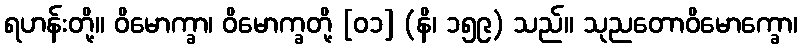
ရဟန်းတို့။ ဝိမောက္ခာ၊ ဝိမောက္ခတို့ [၀၁] (နိ၊ ၁၅၉) သည်။ သုညတောဝိမောက္ခော၊